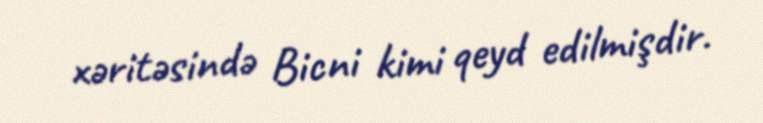
xəritəsində Bicni kimi qeyd edilmişdir.